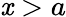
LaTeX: \mathit{x}>a